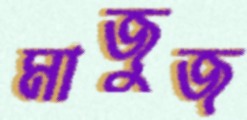
মাজুজ